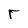
Character: r